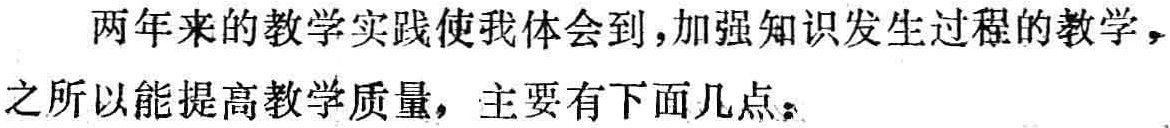
两年来的教学实践使我体会到，加强知识发生过程的教学，之所以能提高教学质量，主要有下面几点：